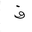
Letter: _fa